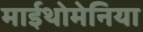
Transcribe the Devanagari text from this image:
माईथोमेनिया